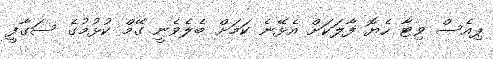
ޕިއެސް ވިޓާ ހެޔޮ ފާލަކަށް އެޅޭނެ ކަމަށް ބެލެވެނީ ގޭމް ކުޅުމުގެ ސަގާފީ